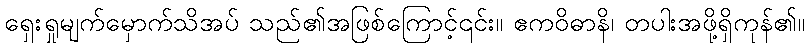
ရှေးရှုမျက်မှောက်သိအပ် သည်၏အဖြစ်ကြောင့်၎င်း။ ဧကဝိဓာနိ၊ တပါးအဖို့ရှိကုန်၏။